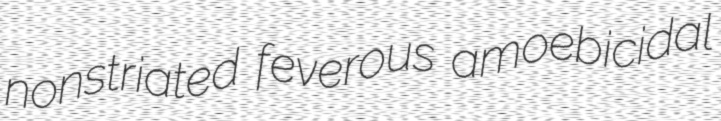
nonstriated feverous amoebicidal